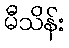
မီသိန်း